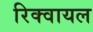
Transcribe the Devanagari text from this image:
रिक्वायल